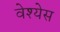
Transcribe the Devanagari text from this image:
वेश्येस